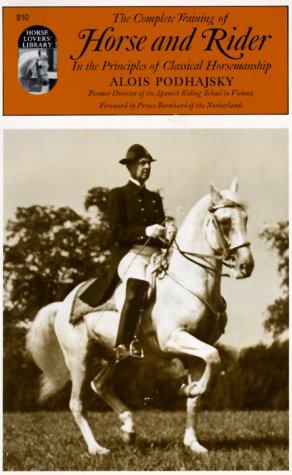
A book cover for Complete Training of Horse and Rider; Alois Podhajsky; Crafts, Hobbies & Home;